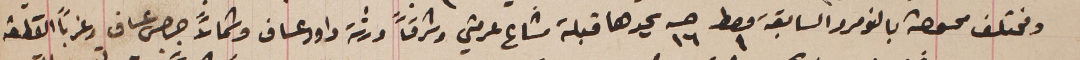
ومختلف ممسوحة بالنومرو السابقة معط ١ حىه ١٦ يحدها قبلة مشاع عرمتى وشرقاً ورثة داود عساف وشمالاً جرجس عساف وغرباً القطعة